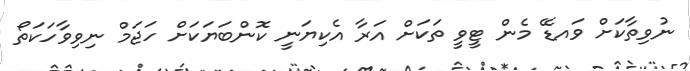
ނުވިތާކަށް ވައޑޭ މެން ޓީވީ ތަކަށް އަރާ އެކިޔަނީ ކޮންބަޔަކަށް ހަޖަމް ނިވިވާހަކަތޯ